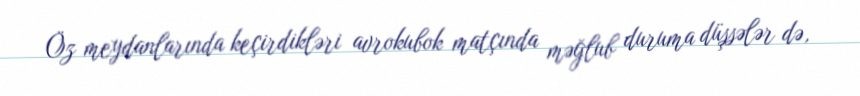
Öz meydanlarında keçirdikləri avrokubok matçında məğlub duruma düşsələr də,